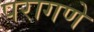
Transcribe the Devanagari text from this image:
परागणे